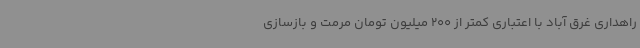
راهداری غرق آباد با اعتباری کمتر از 200 میلیون تومان مرمت و بازسازی